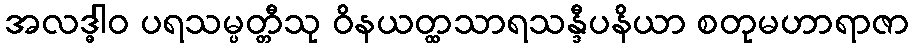
အလဒ္ဓါဝ ပရသမ္ပတ္တီသု ဝိနယတ္ထသာရသန္ဒီပနိယာ စတုမဟာရာဇာ